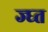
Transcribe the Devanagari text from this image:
ज्घ्त